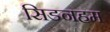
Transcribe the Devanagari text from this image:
सिडनहम